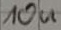
Text: 10u